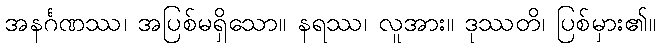
အနင်္ဂဏဿ၊ အပြစ်မရှိသော။ နရဿ၊ လူအား။ ဒုဿတိ၊ ပြစ်မှား၏။